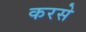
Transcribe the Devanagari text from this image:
करसे